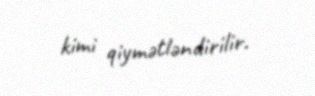
kimi qiymətləndirilir.